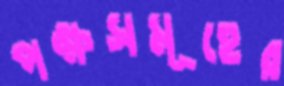
পক্ষসমূহের